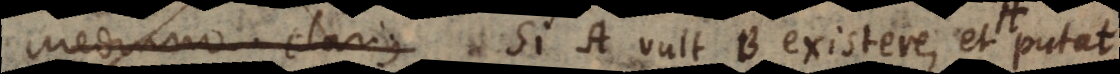
Effectus. Si A vult B existere, et putat